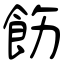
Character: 飭